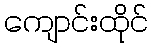
ကျောင်းထိုင်